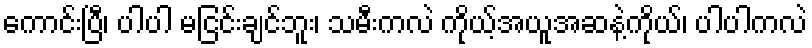
ကောင်းပြီ၊ ပါပါ မငြင်းချင်ဘူး၊ သမီးကလဲ ကိုယ့်အယူအဆနဲ့ကိုယ်၊ ပါပါကလဲ